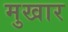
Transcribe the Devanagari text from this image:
मुखार